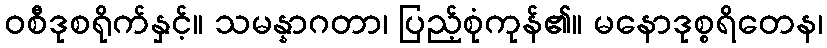
ဝစီဒုစရိုက်နှင့်။ သမန္နာဂတာ၊ ပြည့်စုံကုန်၏။ မနောဒုစ္စရိတေန၊